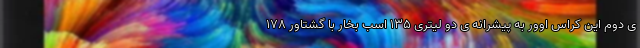
ی دوم این کراس اوور به پیشرانه ی دو لیتری ۱۳۵ اسب بخار با گشتاور ۱۷۸